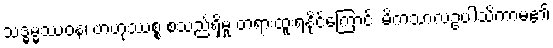
သဒ္ဓမ္မဿဝန၊ ဗာဟုဿစ္စ စသည်ရှိမှု တရားထူးရနိုင်ကြောင်း မိကသာလဥပါသိကာမ၏